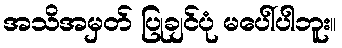
အသိအမှတ် ပြုချင်ပုံ မပေါ်ပါဘူး။